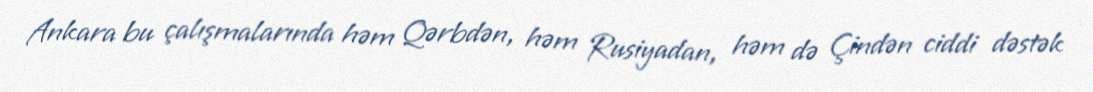
Ankara bu çalışmalarında həm Qərbdən, həm Rusiyadan, həm də Çindən ciddi dəstək